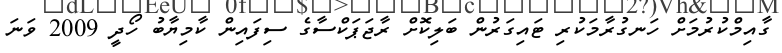
ގާއިމްކުރުމަށް ހަނގުރާމަކުރި ޓައިގަރުން ބަލިކޮށް ރާޖަޕަކްސާގެ ސިފައިން ކާމިޔާބު ހޯދީ 2009 ވަނަ